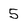
Character: 5